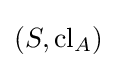
(S,{\text{cl}}_{A})